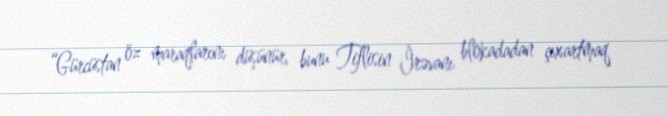
“Gürcüstan öz maraqlarını düşünür, bunu Tiflisin İrəvanı blokadadan çıxartmaq